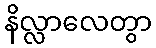
နိလ္လာလေတွာ